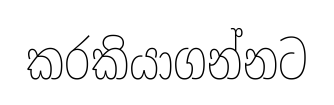
කරකියාගන්නට